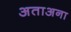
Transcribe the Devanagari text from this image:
अताअना